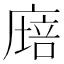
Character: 𢊫